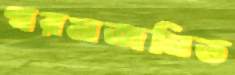
গরমজনিত